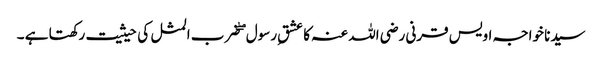
سیدنا خواجہ اویس قرنی رضی اللہ عنہ کا عشقِ رسول ۖ ضرب المثل کی حیثیت رکھتا ہے ۔